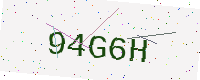
Text: 94G6H